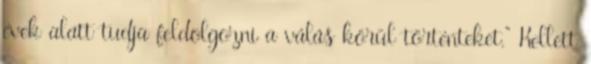
évek alatt tudja feldolgozni a válás körül történteket.” Kellett